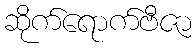
ဆိုက်ရောက်ဗီဇာ